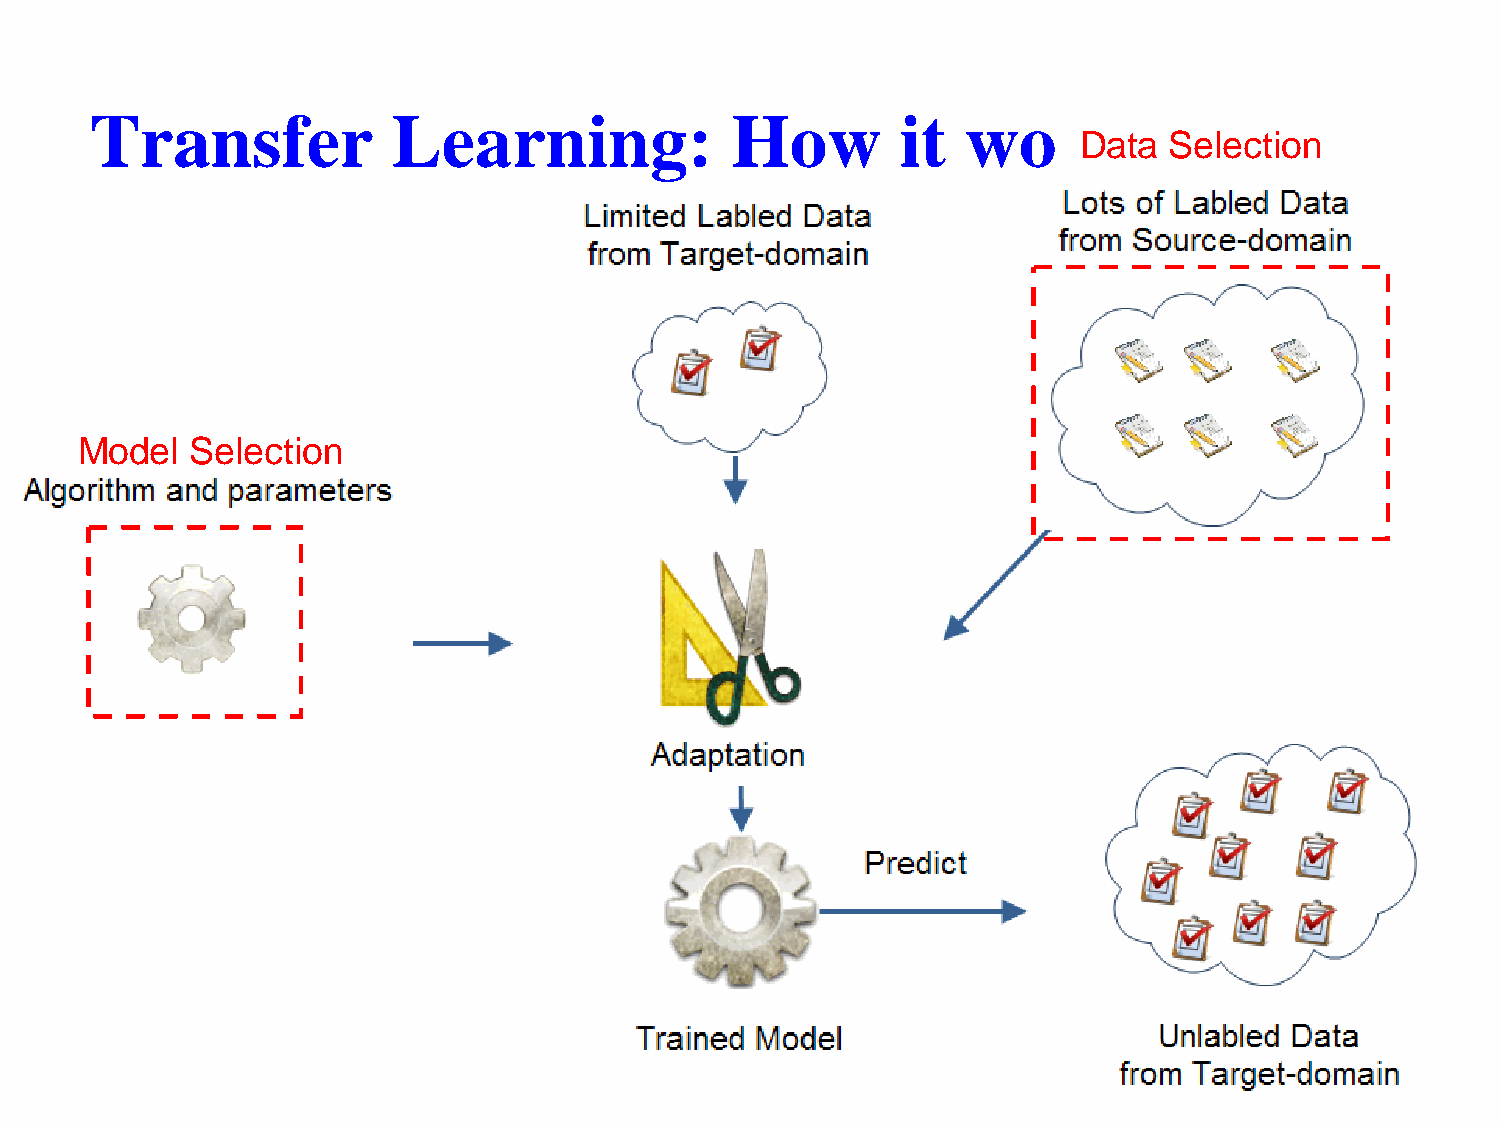
Transfer            Learning:             How         it  works
 Data  Selection
 Model   Selection